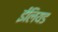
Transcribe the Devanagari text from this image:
ईलियड